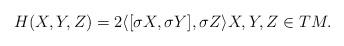
LaTeX: \begin{align*} H(X,Y,Z)=2\langle [\sigma X,\sigma Y], \sigma Z \rangle X,Y,Z \in TM. \end{align*}